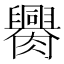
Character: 𦢰